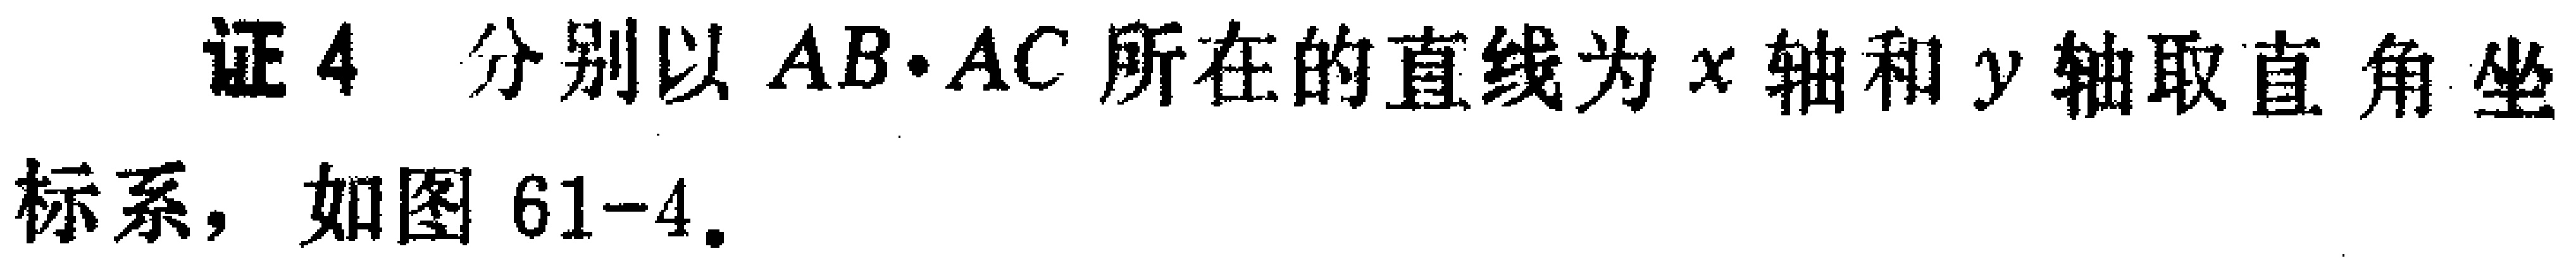
证4 分别以 \(AB\cdot AC\) 所在的直线为 \(x\) 轴和 \(y\) 轴取直角坐标系，如图 \(61 - 4\)。